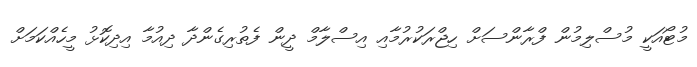
މުޓޯއަކީ މުސްލިމުން ފްރާންސަށް ހިޖްރަކުރުމާއި އިސްލާމް ދީން ފެތުރިގެންދާ ދިއުމާ އިދިކޮޅު މީހެއްކަމަށް